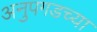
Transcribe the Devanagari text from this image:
अनुपगडच्या